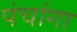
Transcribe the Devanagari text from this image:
पंचांगा